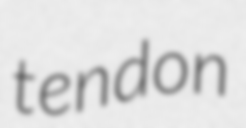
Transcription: tendon